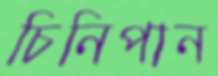
চিনিপান